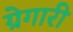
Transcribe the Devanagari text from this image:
ग्रेगारी